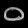
Digit: ၀